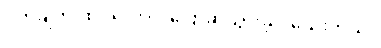
ဝက်ချ်က ထပ်လောင်းပြောဆိုသွားခဲ့ပါသေးတယ်။